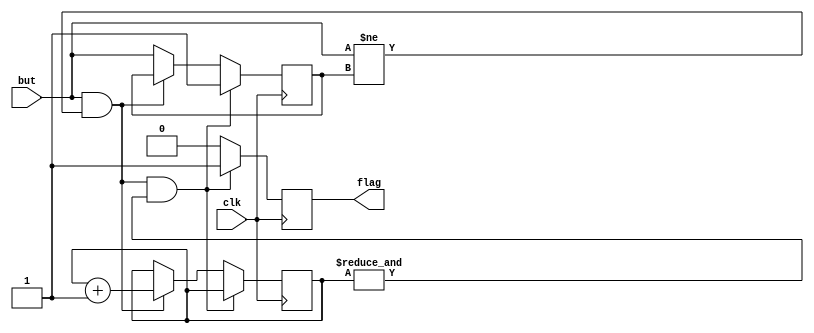
`timescale 1ns / 1ps
//////////////////////////////////////////////////////////////////////////////////
// Company: 
// Engineer: 
// 
// Design Name: 
// Module Name: Debounce
// Project Name: 
// Target Devices: 
// Tool Versions: 
// Description: 
// 
// Dependencies: 
// 
// Revision:
// Revision 0.01 - File Created
// Additional Comments:
// 
//////////////////////////////////////////////////////////////////////////////////


module Debounce(
    input clk,
    input but,
    output reg flag
        );
        
    reg prev;
    reg [21:0]counter;
    
    always @(posedge clk)
    begin
        if (but && but != prev && &counter)
        begin
            prev <= 1;
            flag <= 1;
        end 
        else if (but && but != prev)
        begin
            counter <= counter + 1'b1;
            flag <= 0;
        end 
        else begin
            prev <= but;
            flag <= 0;
        end
    end
endmodule